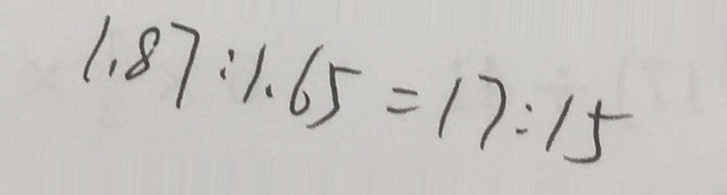
1 . 8 7 : 1 . 6 5 = 1 7 : 1 5